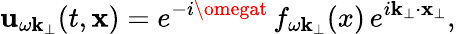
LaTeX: \mathbf{u}_{\omega\mathbf{k}_{\perp}}(t,{\mathbf{x}})=e^{-i\omegat}\, f_{\omega{\mathbf{k}}_{\perp}}(x)\, e^{i{\mathbf{k}}_{\perp}\cdot{\mathbf{x}}_{\perp}},